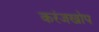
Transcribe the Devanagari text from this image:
करंजखोप